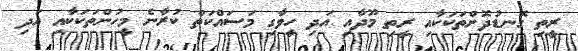
ރީތި ގޮނޑުދޮށްތަކަކާއި ރީތި މޫދާއި އަދި ހީވާގި މަސައްކަތް ކުރާނެ މީހުންތަކަކާއި އަދި